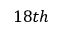
1 8 t h